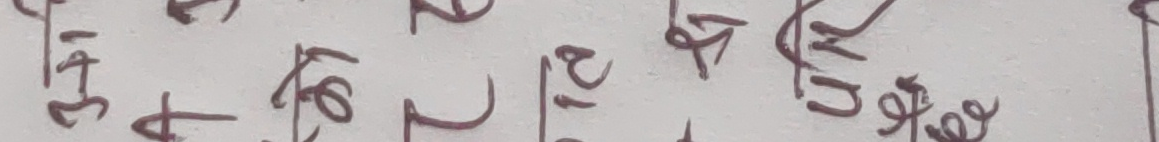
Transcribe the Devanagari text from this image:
ईत अठार वर्ष र अठाईस